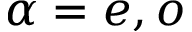
\alpha = e , o